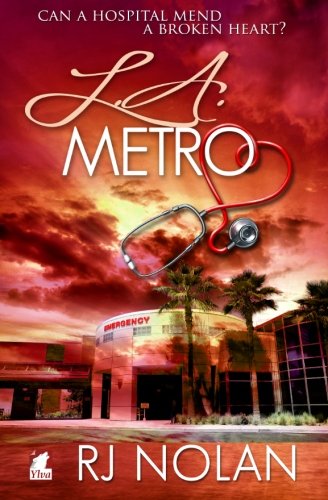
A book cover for L.A. Metro; Rj Nolan; Romance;